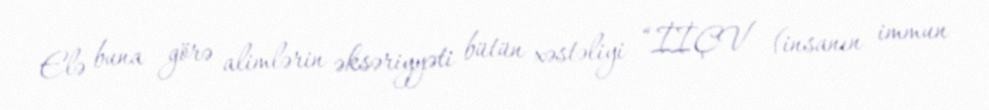
Elə buna görə alimlərin əksəriyyəti bütün xəstəliyi “İİÇV (insanın immun